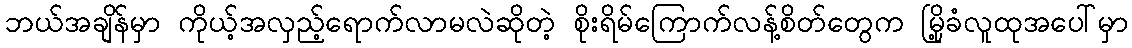
ဘယ်အချိန်မှာ ကိုယ့်အလှည့်ရောက်လာမလဲဆိုတဲ့ စိုးရိမ်ကြောက်လန့်စိတ်တွေက မြို့ခံလူထုအပေါ်မှာ